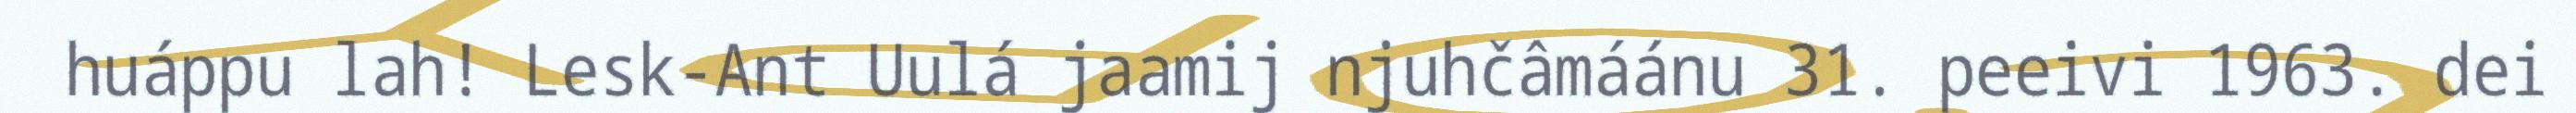
huáppu lah! Lesk-Ant Uulá jaamij njuhčâmáánu 31. peeivi 1963. dei